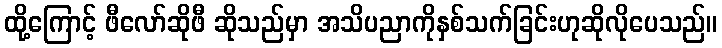
ထို့ကြောင့် ဖီလော်ဆိုဖီ ဆိုသည်မှာ အသိပညာကိုနှစ်သက်ခြင်းဟုဆိုလိုပေသည်။